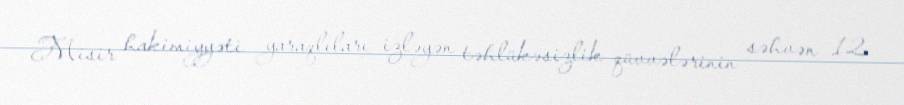
Misir hakimiyyəti yaraqlıları izləyən təhlükəsizlik qüvvələrinin səhvən 12